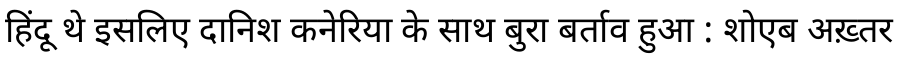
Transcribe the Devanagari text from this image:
हिंदू थे इसलिए दानिश कनेरिया के साथ बुरा बर्ताव हुआ : शोएब अख़्तर